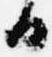
日